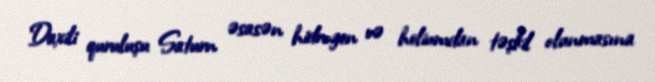
Daxili quruluşu Saturn əsasən hidrogen və heliumdan təşkil olunmasına